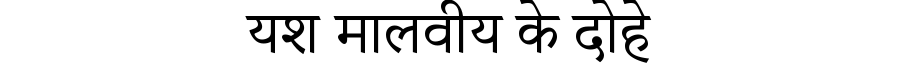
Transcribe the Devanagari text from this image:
यश मालवीय के दोहे